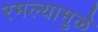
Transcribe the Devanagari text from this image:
रमल्यामुळे